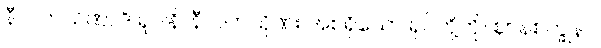
နီလကသိဏာဒိ ရူပါနိ၊ နီလကသိုဏ်း အစရှိသော ရုပ်တို့ကို။ ဈာနစက္ခုနာ၊